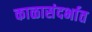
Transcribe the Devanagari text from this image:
काळासंदर्भात